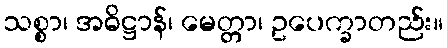
သစ္စာ၊ အဓိဋ္ဌာန်၊ မေတ္တာ၊ ဥပေက္ခာတည်း။